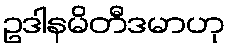
ဥဒါနမိတီဒမာဟု